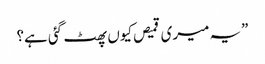
”یہ میری قمیص کیوں پھٹ گئی ہے؟